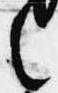
之